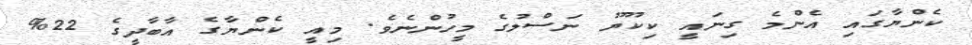
ކެންޔާގައި އެންމެ ގިނައީ ކިކޫޔޫ ނަސްލުގެ މީހުންނެވެ. މިއީ ކެންޔާގެ އާބާދީގެ 22%